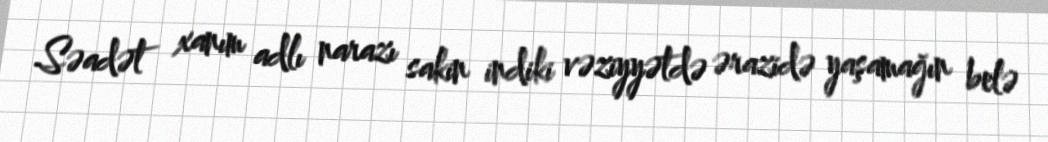
Səadət xanım adlı narazı sakin indiki vəziyyətdə ərazidə yaşamağın belə